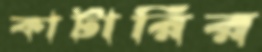
কাটারির